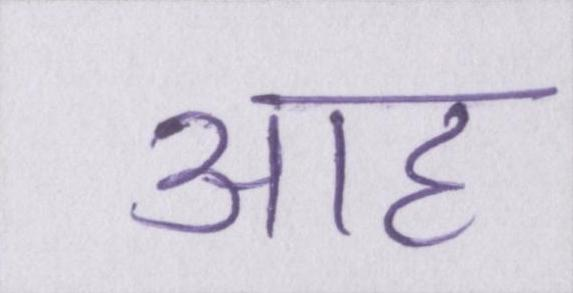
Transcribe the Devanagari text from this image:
आह